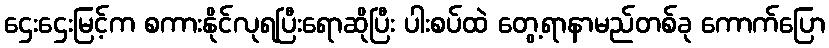
ဌေးဌေးမြင့်က စကားနိုင်လုရပြီးရောဆိုပြီး ပါးစပ်ထဲ တွေ့ရာနာမည်တစ်ခု ကောက်ပြော